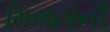
મિલાપની